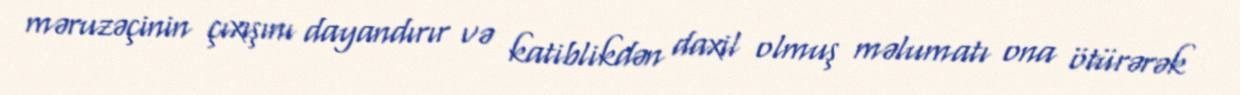
məruzəçinin çıxışını dayandırır və katiblikdən daxil olmuş məlumatı ona ötürərək